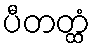
ပီတတ္ထံ